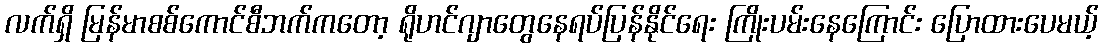
လက်ရှိ မြန်မာစစ်ကောင်စီဘက်ကတော့ ရိုဟင်ဂျာတွေနေရပ်ပြန်နိုင်ရေး ကြိုးပမ်းနေကြောင်း ပြောထားပေမယ့်